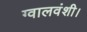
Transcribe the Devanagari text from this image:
ग्वालवंशी।